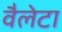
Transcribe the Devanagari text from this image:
वैलेटा